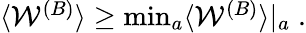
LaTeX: \begin{array}{r}{\langle\mathcal{W}^{(B)}\rangle\geq\operatorname*{min}_{a}\langle\mathcal{W}^{(B)}\rangle|_{a}\; .}\end{array}